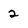
Character: 2